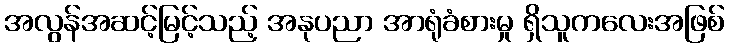
အလွန်အဆင့်မြင့်သည့် အနုပညာ အာရုံခံစားမှု ရှိသူကလေးအဖြစ်